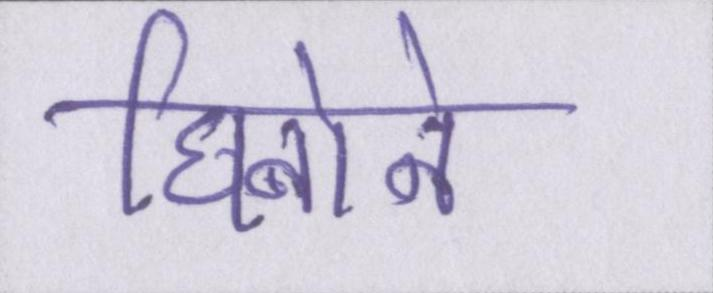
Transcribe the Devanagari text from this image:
घिनोने